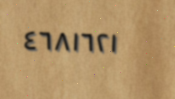
٤٦٨١٦٢١